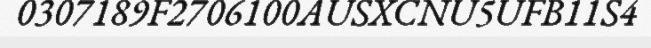
0307189F2706100AUSXCNU5UFB11S4